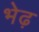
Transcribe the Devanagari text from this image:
भेढ़